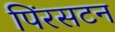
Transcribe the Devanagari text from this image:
पिंरसटन